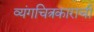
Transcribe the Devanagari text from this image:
व्यंगचित्रकाराची